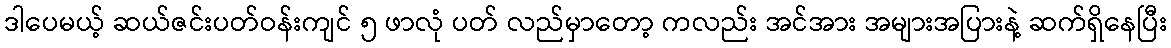
ဒါပေမယ့် ဆယ်ဇင်းပတ်ဝန်းကျင် ၅ ဖာလုံ ပတ် လည်မှာတော့ ကလည်း အင်အား အများအပြားနဲ့ ဆက်ရှိနေပြီး